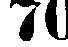
70